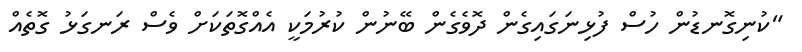
"ކުނިގޮނޑުން ހުސް ފުޅިނަގައިގެން ދޮވެގެން ބޭނުން ކުރުމަކީ އެއްގޮތަކަށް ވެސް ރަނގަޅު ގޮތެއް